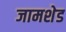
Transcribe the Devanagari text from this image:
जामशेड